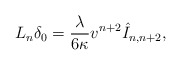
\begin{align*} L_n\delta_0=\frac{\lambda}{6\kappa}v^{n+2}\hat{I}_{n,n+2},\end{align*}